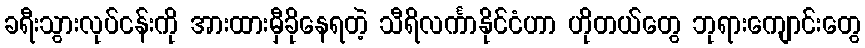
ခရီးသွားလုပ်ငန်းကို အားထားမှီခိုနေရတဲ့ သီရိလင်္ကာနိုင်ငံဟာ ဟိုတယ်တွေ ဘုရားကျောင်းတွေ